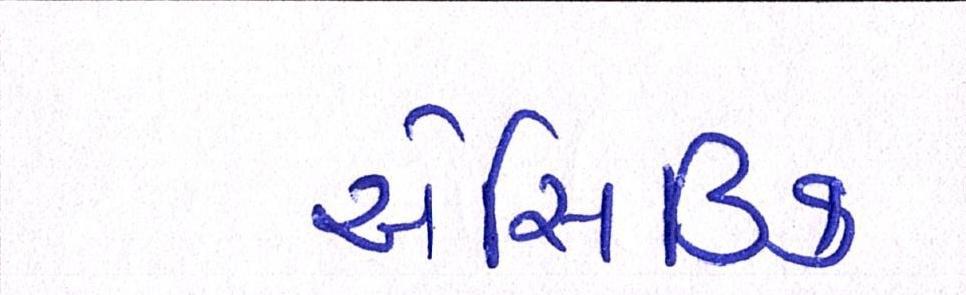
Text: એસિડિક